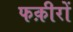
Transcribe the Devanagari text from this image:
फक़ीरों